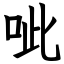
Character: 呲